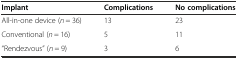
<table><thead><tr><td><b>Implant</b></td><td><b>Complications</b></td><td><b>No complications</b></td></tr></thead><tbody><tr><td>All-in-one device (<i>n</i> = 36)</td><td>13</td><td>23</td></tr><tr><td>Conventional (<i>n</i> = 16)</td><td>5</td><td>11</td></tr><tr><td>“Rendezvous” (<i>n</i> = 9)</td><td>3</td><td>6</td></tr></tbody></table>